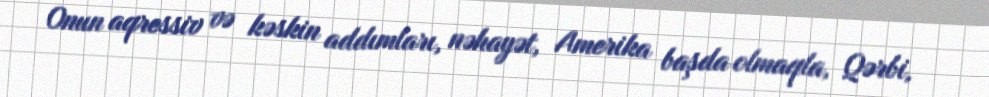
Onun aqressiv və kəskin addımları, nəhayət, Amerika başda olmaqla, Qərbi,